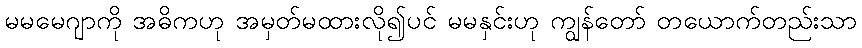
မမမေဂျာကို အဓိကဟု အမှတ်မထားလို၍ပင် မမနှင်းဟု ကျွန်တော် တယောက်တည်းသာ